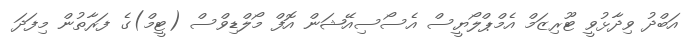
އަބްދު ވިދާޅުވީ ޓޫރިޒަމް އެމްޕްލޯޔީސް އެސޯސިއޭޝަން އޮފް މޯލްޑިވްސް (ޓީމް)ގެ ފަރާތުން މިފަދަ